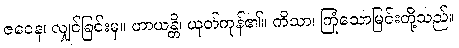
ဇဝေန၊ လျှင်ခြင်းမှ။ ဟာယန္တိ၊ ယုတ်ကုန်၏။ ကိသာ၊ ကြုံသောမြင်းတို့သည်။